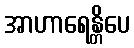
အာဟာရေန္တိပေ